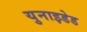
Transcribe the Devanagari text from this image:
युनाइडेड